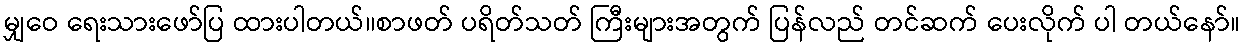
မျှဝေ ရေးသားဖော်ပြ ထားပါတယ်၊၊စာဖတ် ပရိတ်သတ် ကြီးများအတွက် ပြန်လည် တင်ဆက် ပေးလိုက် ပါ တယ်နော်။